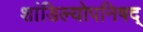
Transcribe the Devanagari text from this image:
शांडिल्योपनिषद्